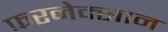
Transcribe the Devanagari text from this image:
फरनेक्सान